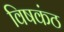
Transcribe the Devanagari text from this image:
विषकंठ